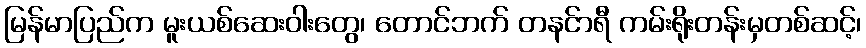
မြန်မာပြည်က မူးယစ်ဆေးဝါးတွေ၊ တောင်ဘက် တနင်ာရီ ကမ်းရိုးတန်းမှတစ်ဆင့်၊